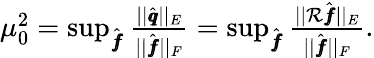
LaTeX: \begin{array}{r}{\mu_{0}^{2}=\operatorname*{sup}_{\hat{\pmb f}}\frac{||\hat{\pmb q}||_{E}}{||\hat{\pmb f}||_{F}}=\operatorname*{sup}_{\hat{\pmb f}}\frac{||\mathcal{R}\hat{\pmb f}||_{E}}{||\hat{\pmb f}||_{F}}.}\end{array}